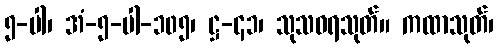
၅-ပါ၊ အံ-၅-ပါ-၁၀၅၊ ဋ္ဌ-၄၁၊ သုသဓရသုတ်။ ကထာသုတ်၊